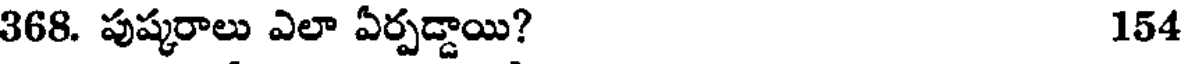
368. పుష్కరాలు ఎలా ఏర్పడ్డాయి? 154